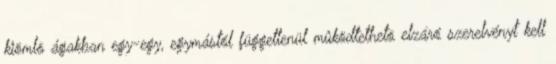
kiömlõ ágakban egy-egy, egymástól függetlenül mûködtethetõ elzáró szerelvényt kell